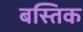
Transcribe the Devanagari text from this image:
बस्तिक